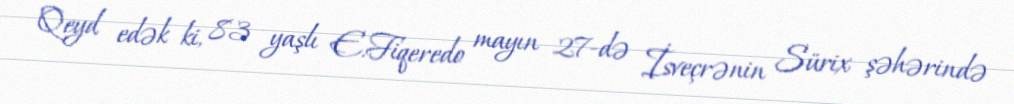
Qeyd edək ki, 83 yaşlı E.Fiqeredo mayın 27-də İsveçrənin Sürix şəhərində